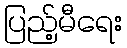
ပြည့်မီရေး